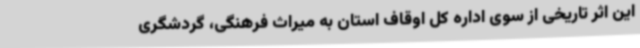
این اثر تاریخی از سوی اداره کل اوقاف استان به میراث فرهنگی، گردشگری